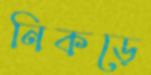
নিকড়ে